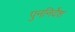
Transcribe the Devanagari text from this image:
पुननिर्देश